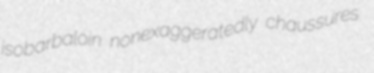
isobarbaloin nonexaggeratedly chaussures